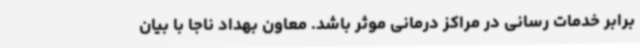
برابر خدمات رسانی در مراکز درمانی موثر باشد. معاون بهداد ناجا با بیان